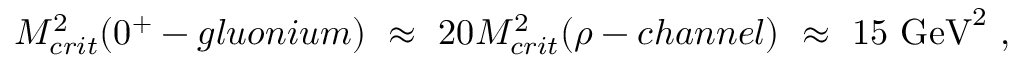
M _ { c r i t } ^ { 2 } ( 0 ^ { + } - g l u o n i u m ) ~ \approx ~ 2 0 M _ { c r i t } ^ { 2 } ( \rho - c h a n n e l ) ~ \approx ~ 1 5 ~ \mathrm { G e V } ^ { 2 } ~ ,